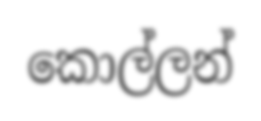
කොල්ලන්